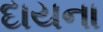
દાયના